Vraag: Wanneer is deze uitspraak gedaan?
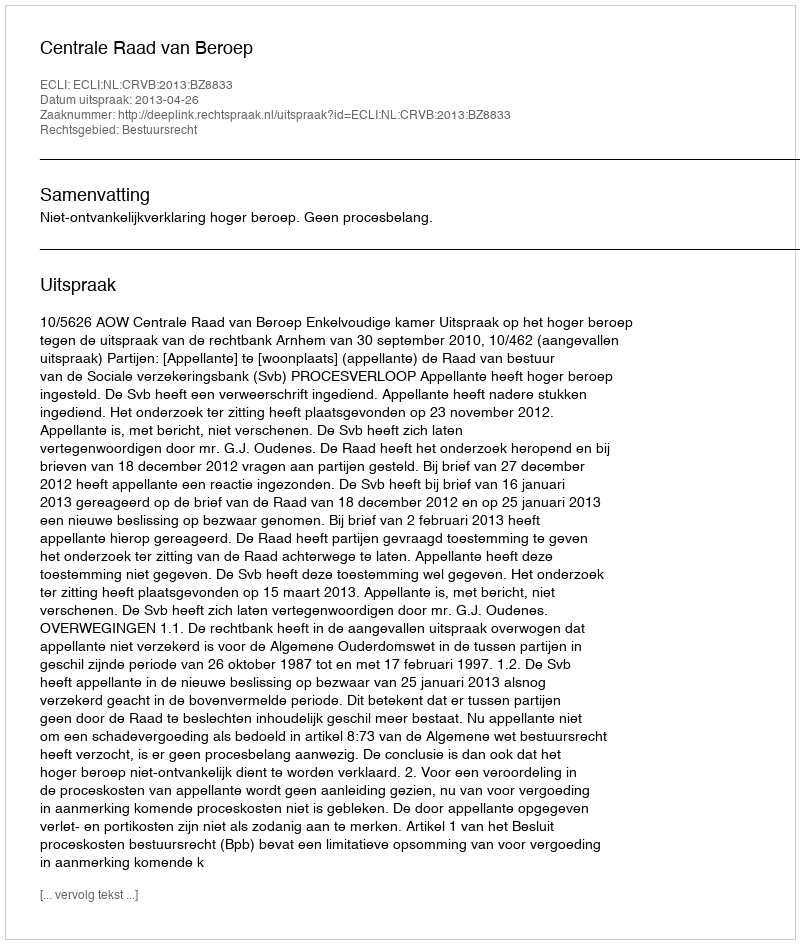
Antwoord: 2013-04-26